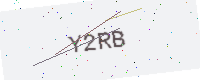
Text: Y2RB